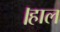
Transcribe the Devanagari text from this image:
।हाल